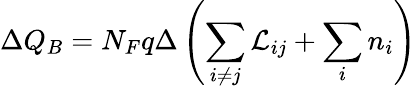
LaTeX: \Delta Q_{B}=N_{F}q\Delta\left(\sum_{i\neq j}{\cal L}_{ij}+\sum_{i}n_{i}\right)